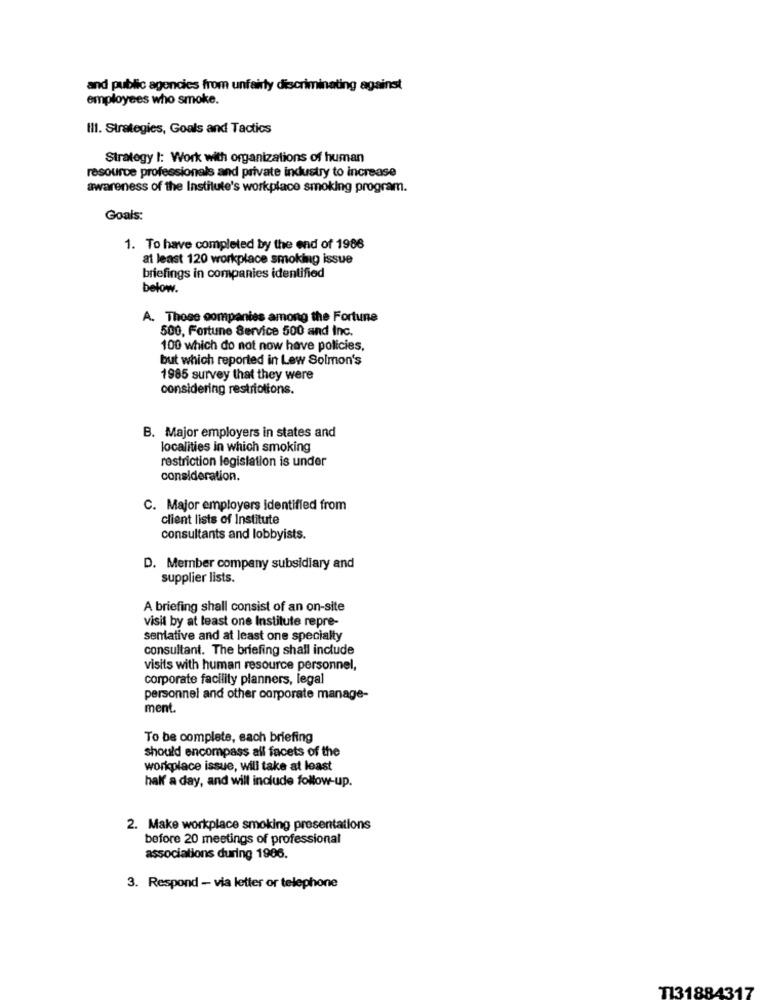
and public agencies from unfairly discriminating against
employees who smoke.
Ill. Strategies, Goals and Tactics
Strategy I: Work with organizations of human
resource professionals and private industry to increase
awareness of the Institute's workplace smoking program.
Goals:
1. To have completed by the end of 1986
at least 120 workplace smoking issue
briefings in companies identified
below.
A. Those companies among the Fortune
500, Fortune Service 500 and Inc.
100 which do not now have policies,
but which reported in Lew Solmon's
1985 survey that they were
considering restrictions.
B. Major employers in states and
localities in which smoking
restriction legislation is under
consideration.
C. Major employers identified from
client lists of Institute
consultants and lobbyists.
D. Member company subsidiary and
supplier lists.
A briefing shall consist of an on-site
visit by at least one Institute repre-
senative and at least one specialty
consultant. The briefing shall include
visits with human resource personnel,
corporate facility planners, legal
personnel and other corporate manage-
ment.
To be complete, each briefing
should encompass all facets of the
workplace issue, will take at least
half a day, and will include follow-up.
2. Make workplace smoking presentations
before 20 meetings of professional
associations during 1986.
3. Respond - via letter or telephone
TI31884317